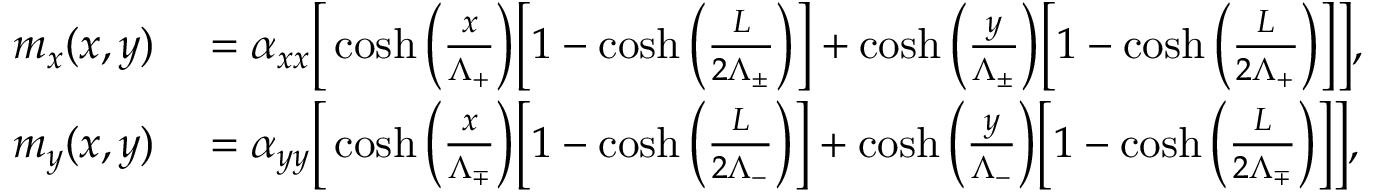
\begin{array} { r l } { m _ { x } ( x , y ) } & { { } = \alpha _ { x x } \bigg [ \cosh \bigg ( \frac { x } { \Lambda _ { + } } \bigg ) \bigg [ 1 - \cosh \bigg ( \frac { L } { 2 \Lambda _ { \pm } } \bigg ) \bigg ] + \cosh \bigg ( \frac { y } { \Lambda _ { \pm } } \bigg ) \bigg [ 1 - \cosh \bigg ( \frac { L } { 2 \Lambda _ { + } } \bigg ) \bigg ] \bigg ] , } \\ { m _ { y } ( x , y ) } & { { } = \alpha _ { y y } \bigg [ \cosh \bigg ( \frac { x } { \Lambda _ { \mp } } \bigg ) \bigg [ 1 - \cosh \bigg ( \frac { L } { 2 \Lambda _ { - } } \bigg ) \bigg ] + \cosh \bigg ( \frac { y } { \Lambda _ { - } } \bigg ) \bigg [ 1 - \cosh \bigg ( \frac { L } { 2 \Lambda _ { \mp } } \bigg ) \bigg ] \bigg ] , } \end{array}